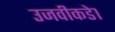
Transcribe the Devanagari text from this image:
उजवीकडे१